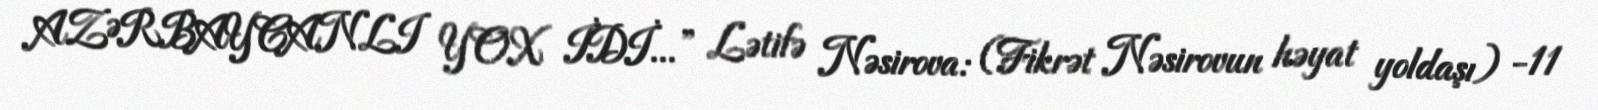
AZƏRBAYCANLI YOX İDİ...” Lətifə Nəsirova: (Fikrət Nəsirovun həyat yoldaşı) -11